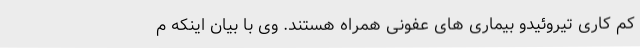
کم کاری تیروئیدو بیماری های عفونی همراه هستند. وی با بیان اینکه م